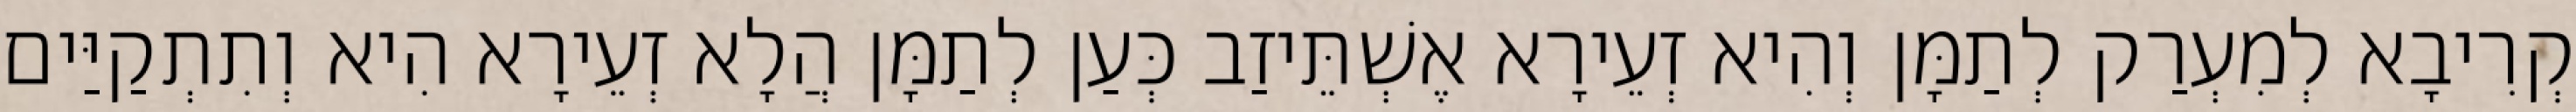
קְרִיבָא לְמִעְרַק לְתַמָּן וְהִיא זְעֵירָא אֶשְׁתֵּיזַב כְּעַן לְתַמָּן הֲלָא זְעֵירָא הִיא וְתִתְקַיַּים